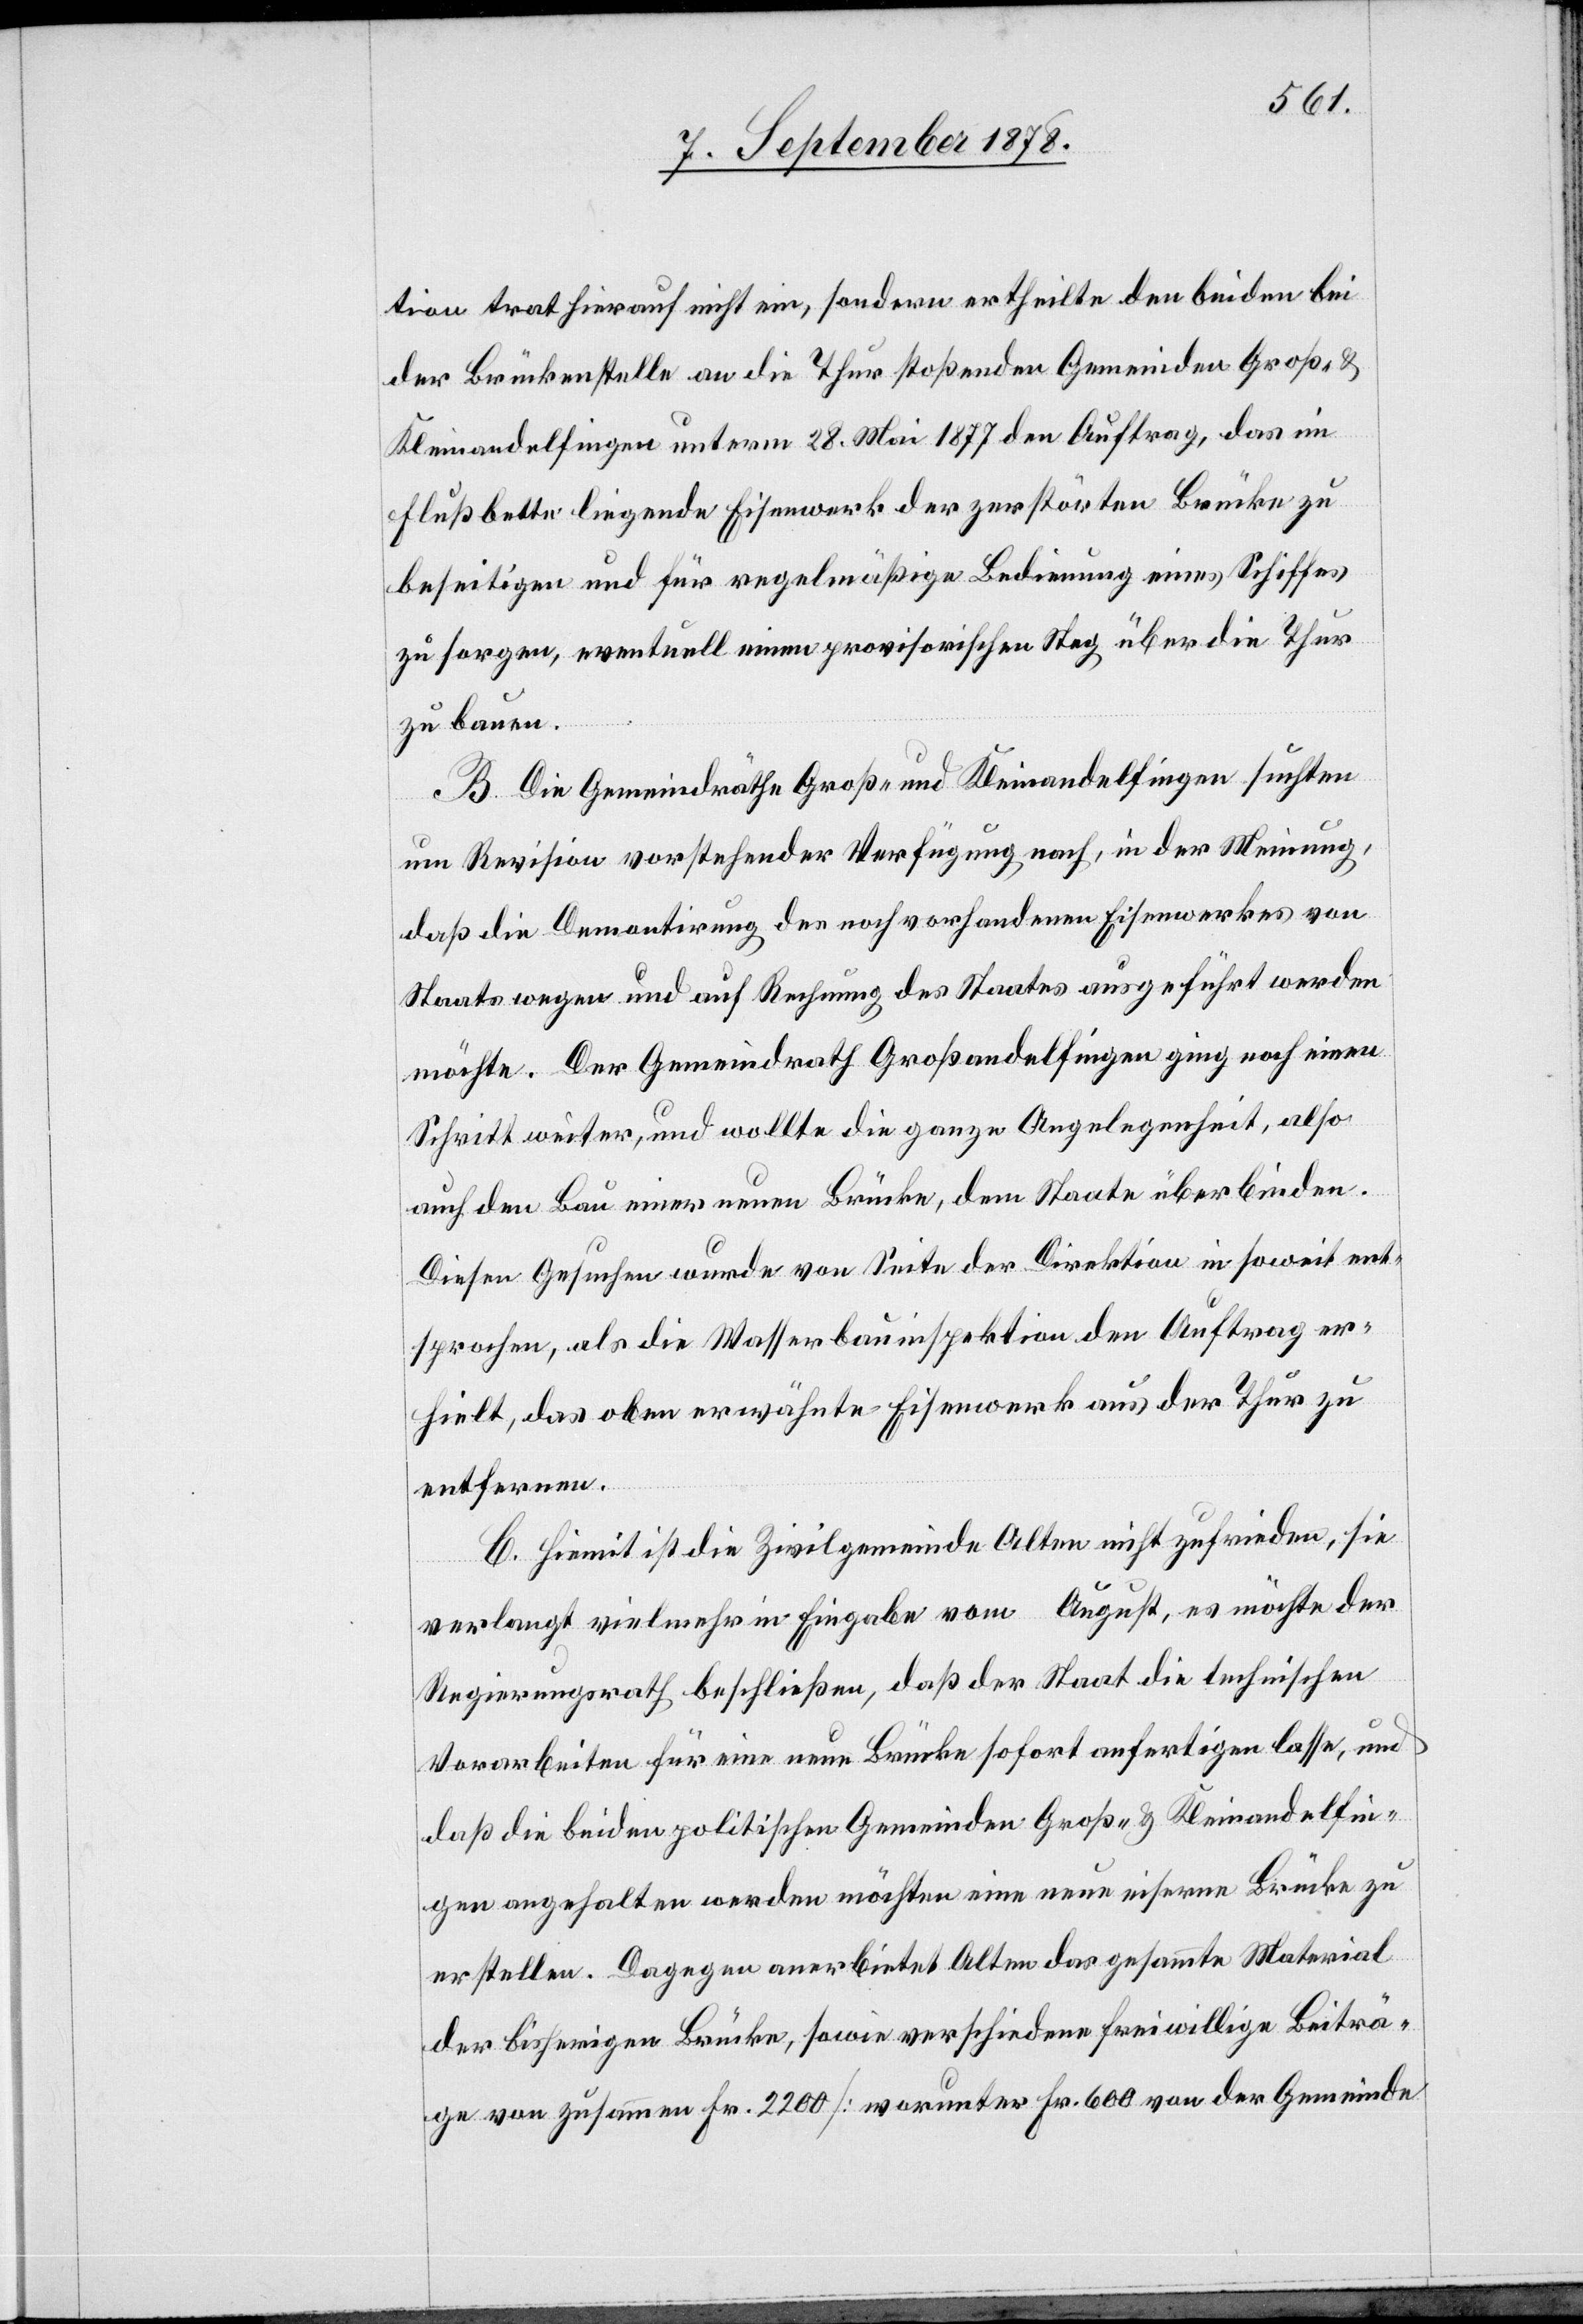
tion trat hierauf nicht ein, sondern ertheilte den beiden bei
der Brückenstelle an die Thur stoßenden Gemeinden Groß- &
Kleinandelfingen unterm 28. Mai 1877 den Auftrag, das im
Flußbette liegende Eisenwerk der zerstörten Brücke zu
beseitigen und für regelmäßige Bedienung eines Schiffes
zu sorgen, eventuell einen provisorischen Steg über die Thur
zu bauen.
B. Die Gemeindräthe Groß- und Kleinandelfingen suchten
um Revision vorstehender Verfügung nach, in der Meinung,
daß die Demontirung des noch vorhandenen Eisenwerkes von
Staats wegen und auf Rechnung des Staates ausgeführt werden
möchte. Der Gemeindrath Großandelfingen ging noch einen
Schritt weiter, und wollte die ganze Angelegenheit, also
auch den Bau einer neuen Brücke, dem Staate überbinden.
Diesen Gesuchen wurde von Seite der Direktion insoweit ent¬
sprochen, als die Wasserbauinspektion den Auftrag er¬
hielt, das oben erwähnte Eisenwerk aus der Thur zu
entfernen.
C. Hiemit ist die Zivilgemeinde Alten nicht zufrieden, sie
verlangt vielmehr in Eingabe vom August, es möchte der
Regierungsrath beschließen, daß der Staat die technischen
Vorarbeiten für eine neue Brücke sofort anfertigen lasse, und
daß die beiden politischen Gemeinden Groß- & Kleinandelfin¬
gen angehalten werden möchten eine neue eiserne Brücke zu
erstellen. Dagegen anerbietet Alten das gesammte Material
der bisherigen Brücke, sowie verschiedene freiwillige Beiträ¬
ge von zusammen Fr. 2200 [worunter Fr. 600 von der Gemeinde